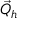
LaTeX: { \vec { Q } } _ { h }